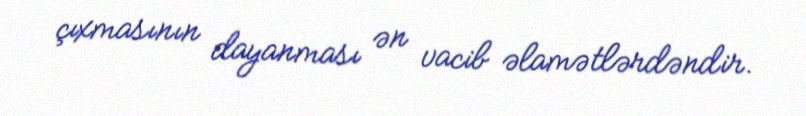
çıxmasının dayanması ən vacib əlamətlərdəndir.